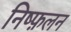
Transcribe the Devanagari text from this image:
निष्फ़लन